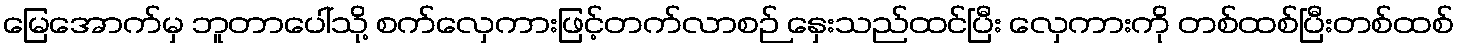
မြေအောက်မှ ဘူတာပေါ်သို့ စက်လှေကားဖြင့်တက်လာစဉ် နှေးသည်ထင်ပြီး လှေကားကို တစ်ထစ်ပြီးတစ်ထစ်